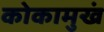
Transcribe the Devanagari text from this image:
कोकामुखं